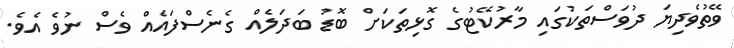
ވޭތުވެދިޔަ ދުވަސްތަކުގައި މާރުކޭޓުގެ ގޮޅިތަކަށް ބޮޑު ބަދަލެއް ގެނެސްފައެއް ވެސް ނުވެ އެވެ.